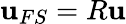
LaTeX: \mathbf{u}_{FS}=R\mathbf{u}